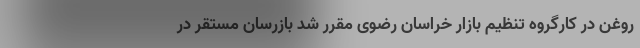
روغن در کارگروه تنظیم بازار خراسان رضوی مقرر شد بازرسان مستقر در